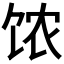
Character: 𲋥